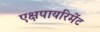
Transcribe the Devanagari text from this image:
एक्षपायरिमेंट